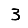
Digit: 3